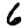
Digit: 6